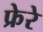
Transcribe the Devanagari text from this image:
फ्रेरे